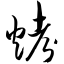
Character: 烤